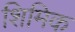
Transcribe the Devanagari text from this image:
शिमिक